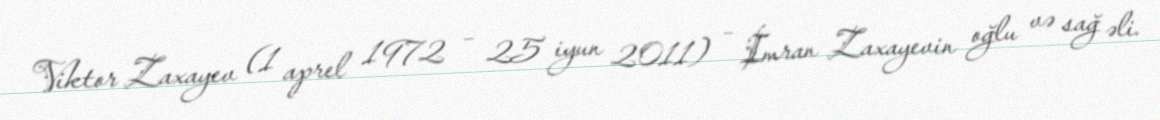
Viktor Zaxayev (1 aprel 1972 – 25 iyun 2011) – İmran Zaxayevin oğlu və sağ əli.